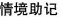
情境助记